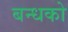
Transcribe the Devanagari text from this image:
बन्धको